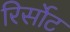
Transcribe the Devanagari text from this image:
रिर्सोट